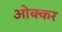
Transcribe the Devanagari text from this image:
ओक्कर